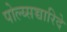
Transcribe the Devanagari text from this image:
पोल्य्सच्चारिदे